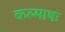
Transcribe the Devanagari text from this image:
कल्माषः